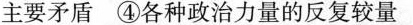
主要矛盾④各种政治力量的反复较量